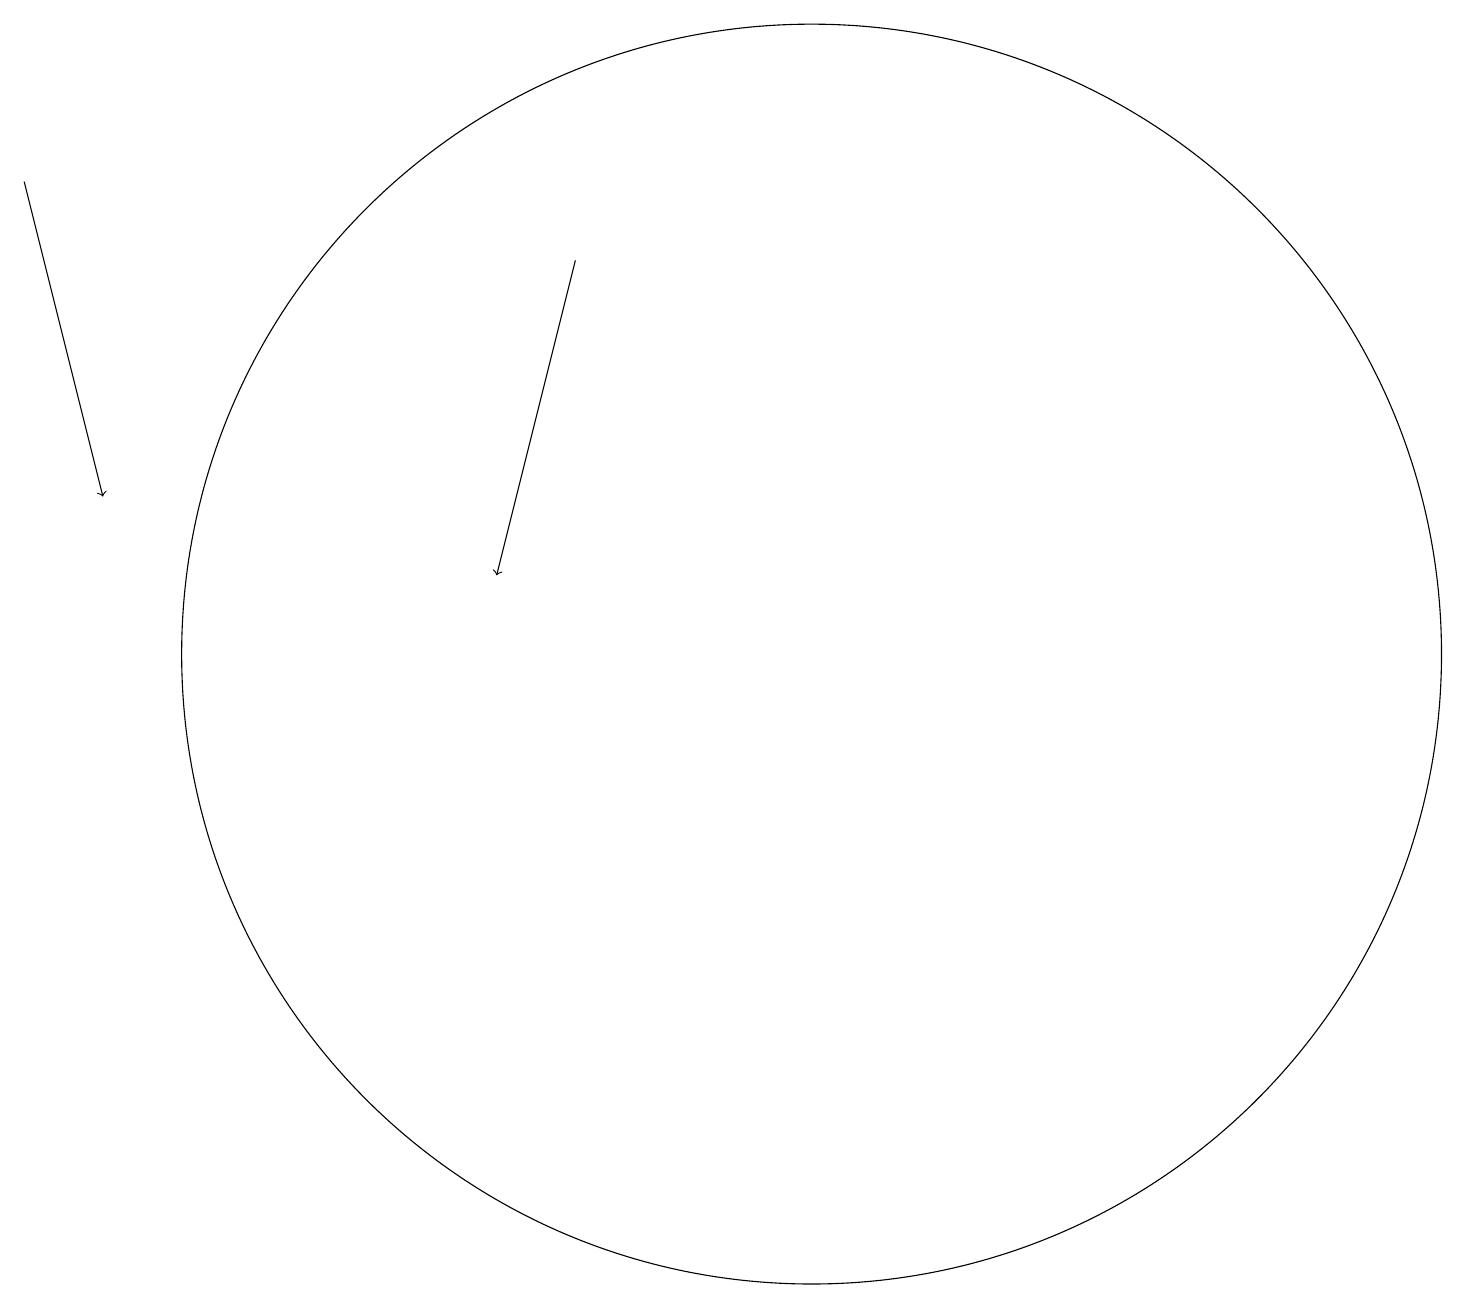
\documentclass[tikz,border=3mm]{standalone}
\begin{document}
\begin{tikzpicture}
\draw[->] (1,17) -- (2,13);
\draw (11,11) circle (8);
\draw[->] (8,16) -- (7,12);
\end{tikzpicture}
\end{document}